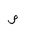
Letter: _sad